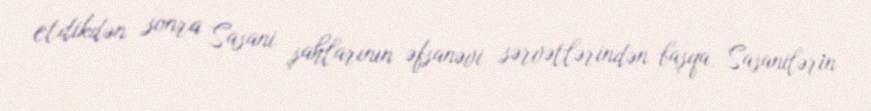
etdikdən sonra Sasani şahlarının əfsanəvi sərvətlərindən başqa, Sasanilərin